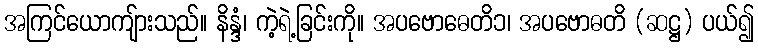
အကြင်ယောကျ်ားသည်။ နိန္ဒံ၊ ကဲ့ရဲ့ခြင်းကို။ အပဗောဓေတိ၁၊ အပဗောဓတိ (ဆဋ္ဌ) ပယ်၍